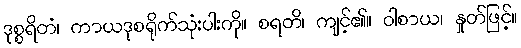
ဒုစ္စရိတံ၊ ကာယဒုစရိုက်သုံးပါးကို။ စရတိ၊ ကျင့်၏။ ဝါစာယ၊ နှုတ်ဖြင့်။